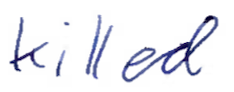
Text: killed
Cross-out: clean
Writing tool: ballpoint